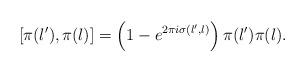
LaTeX: \begin{align*}[\pi(\l'), \pi(\l)] = \left(1 - e^{2 \pi i \sigma(\l', \l)}\right) \pi(\l') \pi(\l).\end{align*}